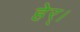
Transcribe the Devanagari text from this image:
हेर्।